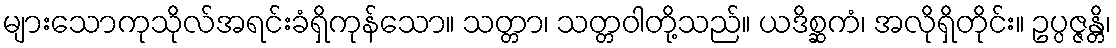
များသောကုသိုလ်အရင်းခံရှိကုန်သော။ သတ္တာ၊ သတ္တဝါတို့သည်။ ယဒိစ္ဆကံ၊ အလိုရှိတိုင်း။ ဥပ္ပဇ္ဇန္တိ၊